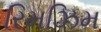
રિમઝિમ